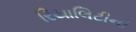
રિયાલિટીની